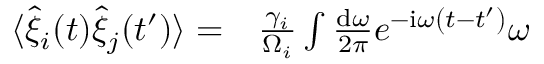
\begin{array} { r l } { \langle \hat { \xi } _ { i } ( t ) \hat { \xi } _ { j } ( t ^ { \prime } ) \rangle = } & { { } \frac { \gamma _ { i } } { \Omega _ { i } } \int \frac { \mathrm { d } \omega } { 2 \pi } e ^ { - \mathrm { i } \omega \left( t - t ^ { \prime } \right) } \omega } \end{array}